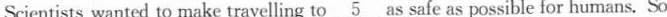
Scientists wanted to make travelling to